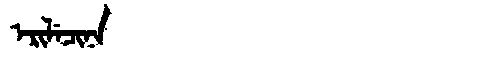
Manchu: ᡝᡵᡳᠯᡝᠴᡳᠨᠠ
Romanization: ERILECINA